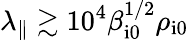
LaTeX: \lambda_{\parallel}\gtrsim 10^{4}\beta_{\mathrm{i0}}^{1/2}\rho_{\mathrm{i0}}